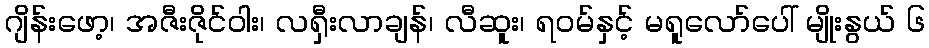
ဂျိန်းဖော့၊ အဇီးဇိုင်ဝါး၊ လရှီးလာချန်၊ လီဆူး၊ ရဝမ်နှင့် မရူလော်ပေါ် မျိုးနွယ် ၆